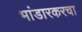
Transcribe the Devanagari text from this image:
भांडारकरचा